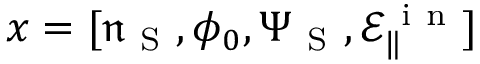
x = [ \mathfrak { n } _ { \mathrm { ~ S ~ } } , \phi _ { 0 } , { \Psi } _ { \mathrm { ~ S ~ } } , \mathcal { E } _ { \| } ^ { \mathrm { ~ i ~ n ~ } } ]